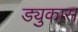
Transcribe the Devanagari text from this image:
ड्युकास